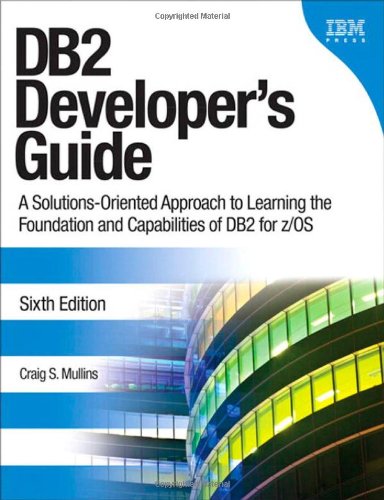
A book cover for DB2 Developer's Guide: A Solutions-Oriented Approach to Learning the Foundation and Capabilities of DB2 for z/OS (6th Edition) (IBM Press); Craig S. Mullins; Computers & Technology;